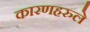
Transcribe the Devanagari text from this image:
कारणहरुले